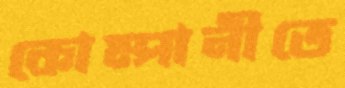
কোম্পানীতে